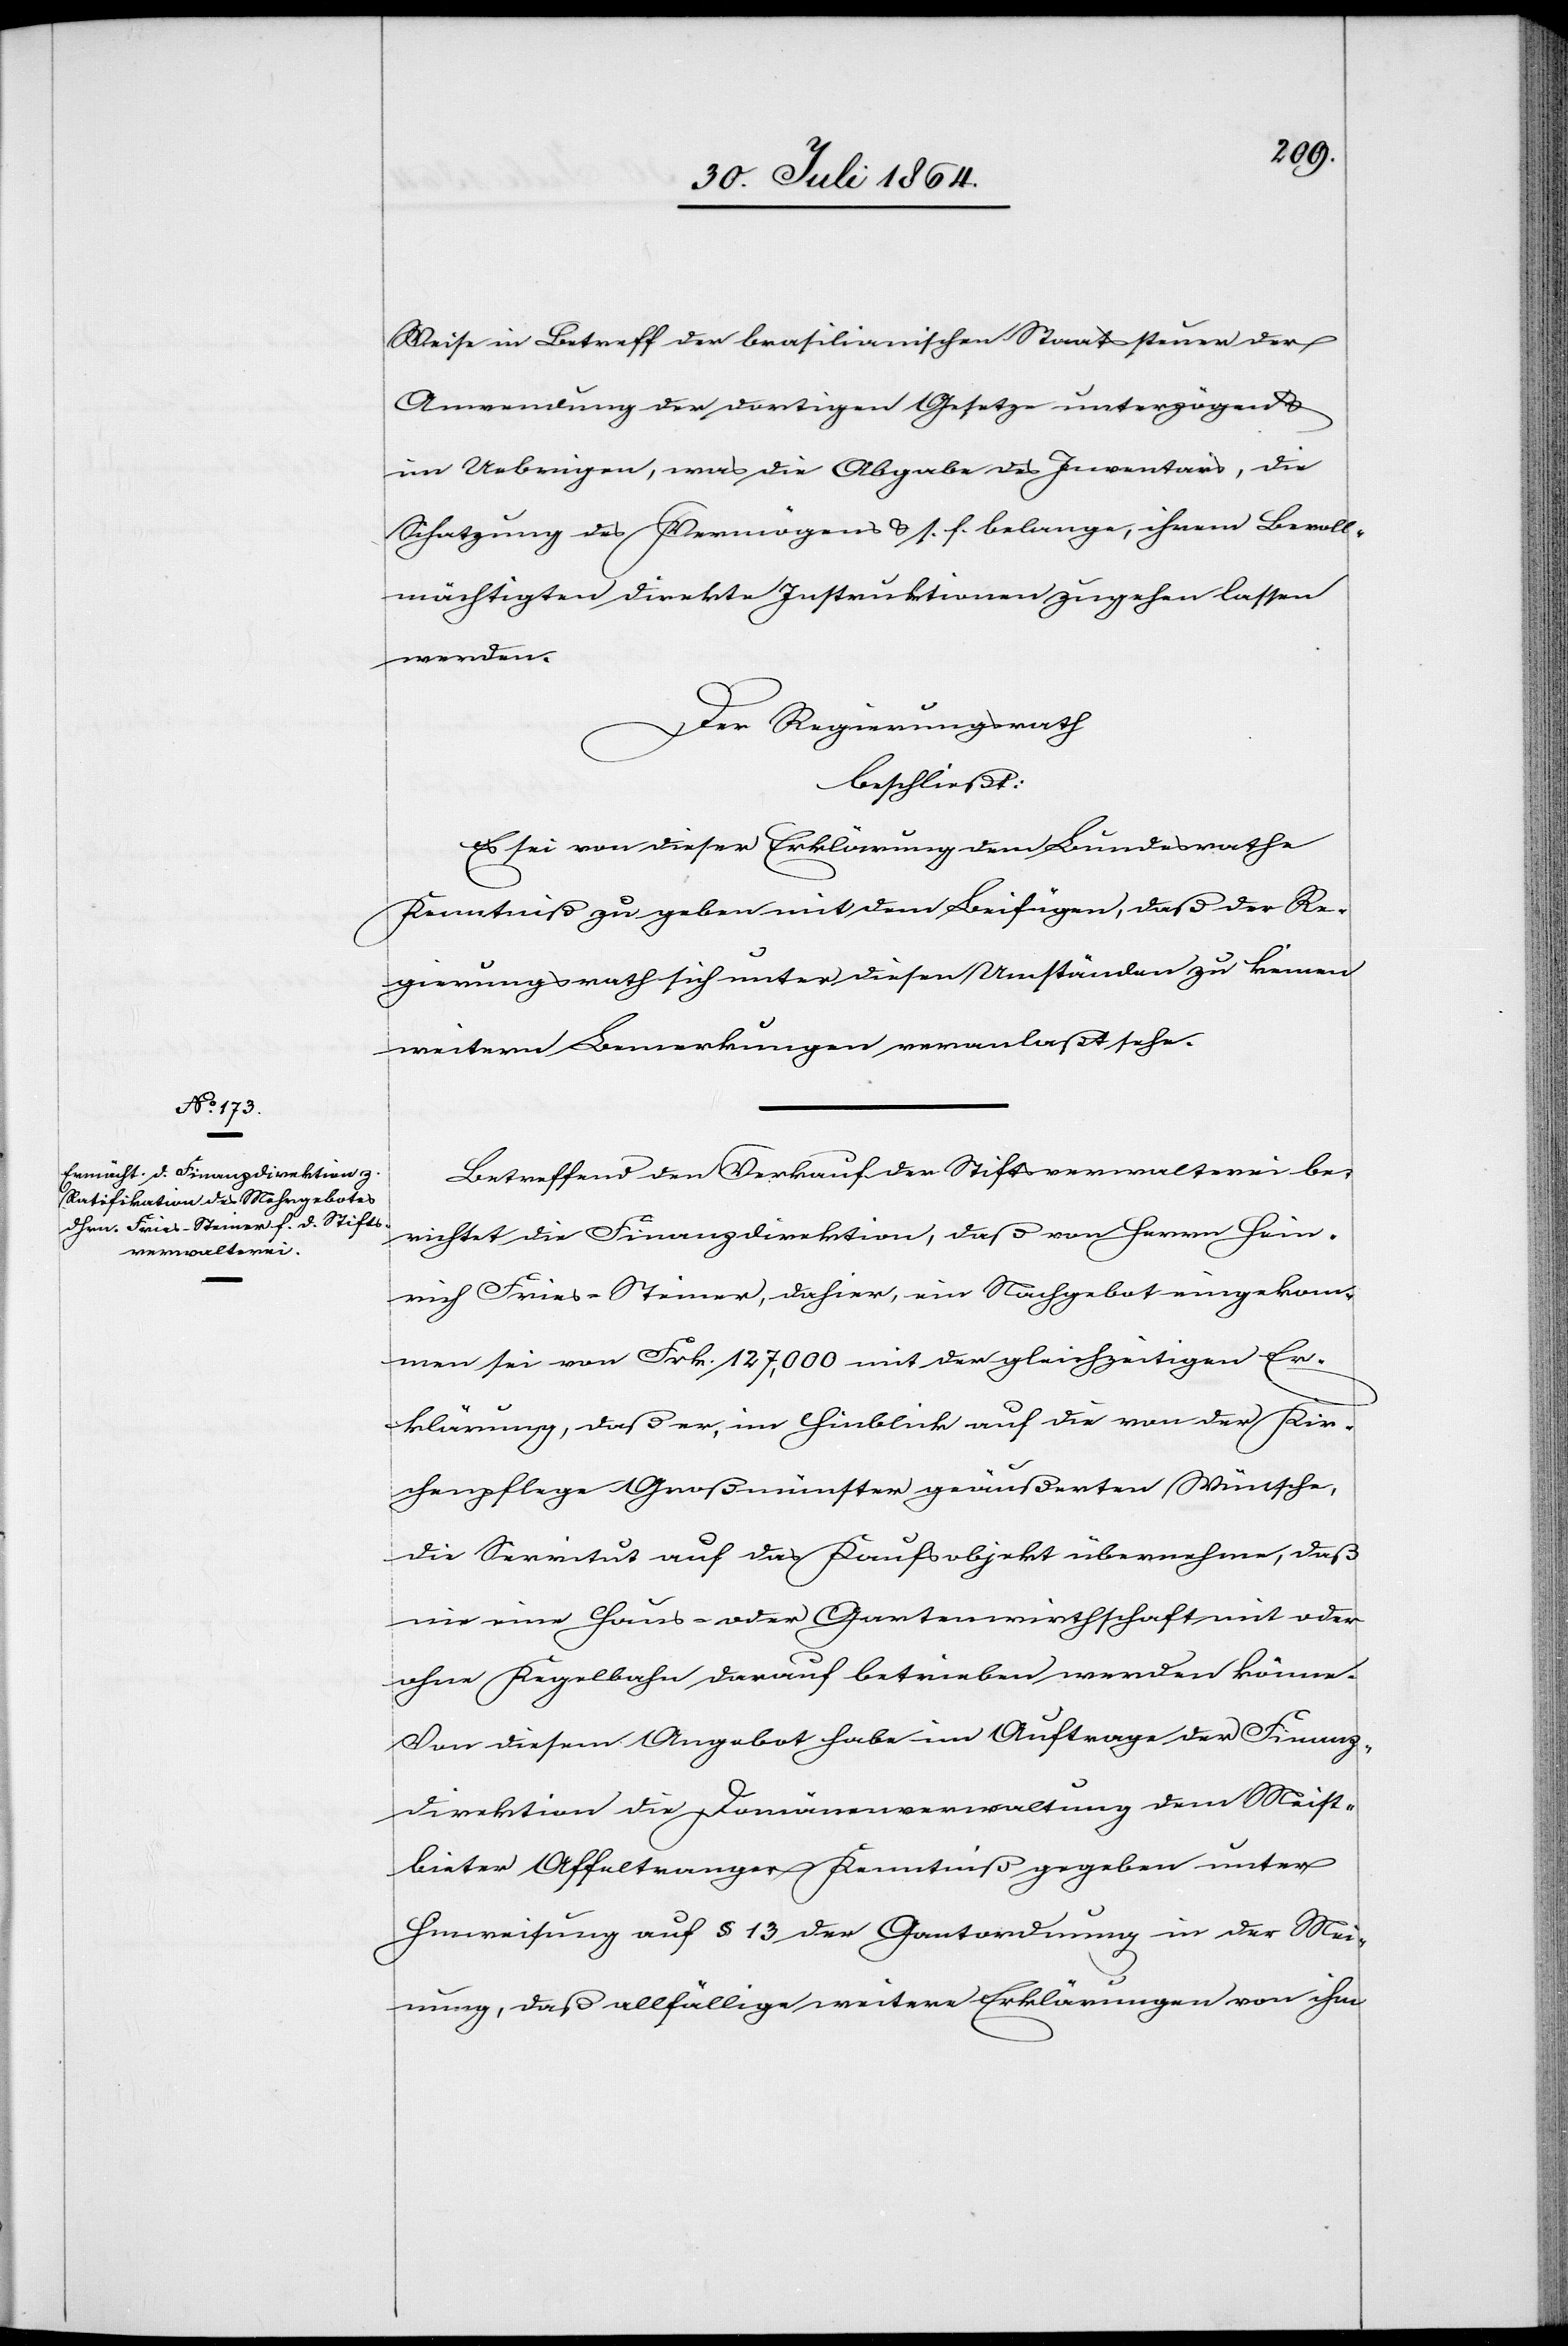
Weise in Betreff der brasilianischen Staatssteuer der
Anwendung der dortigen Gesetze unterzögen &
im Uebrigen, was die Abgabe des Inventars, die
Schatzung des Vermögens & s. f. belange, ihrem Bevoll¬
mächtigten direkte Instruktionen zugehen lassen
werden.
Der Regierungsrath
beschließt:
Es sei von dieser Erklärung dem Bundesrathe
Kenntniß zu geben mit dem Beifügen, daß der Re¬
gierungsrath sich unter diesen Umständen zu keinen
weiteren Bemerkungen veranlaßt sehe.
Betreffend den Verkauf der Stiftsverwalterei be¬
richtet die Finanzdirektion, daß von Herrn Hein¬
rich Fries-Steiner, dahier, ein Nachgebot eingekom¬
men sei von Frk. 127,000 mit der gleichzeitigen Er¬
klärung, daß er, im Hinblick auf die von der Kir¬
chenpflege Großmünster geäußerten Wünsche,
die Servitut auf das Kaufsobjekt übernehme, daß
nie eine Haus- oder Gartenwirthschaft mit oder
ohne Kegelbahn darauf betrieben werden könne.
Von diesem Angebot habe im Auftrage der Finanz¬
direktion die Domänenverwaltung dem Meist¬
bieter Affeltranger Kenntniß gegeben unter
Hinweisung auf § 13 der Gantordnung in der Mei¬
nung, daß allfällige weitere Erklärungen von ihm